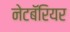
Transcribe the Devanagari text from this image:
नेटबॅरियर